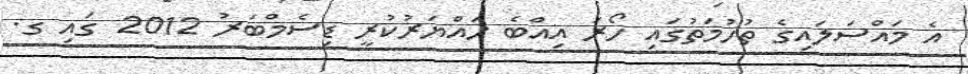
އެ މައްސަލައިގެ ތުހުމަތުގައި ހޯރަ އިއްބެ ހައްޔަރުކުރީ ޑިސެމްބަރު 2012 ގައި ގ.